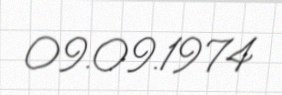
09.09.1974